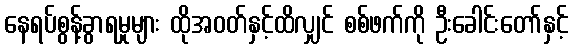
နေရပ်စွန့်ခွာရမှုများ ထိုအဝတ်နှင့်ထိလျှင် စစ်ဖက်ကို ဦးခေါင်းတော်နှင့်